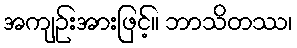
အကျဉ်းအားဖြင့်။ ဘာသိတဿ၊